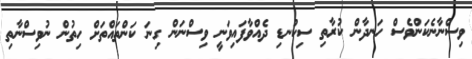
ވިސްނާނެކަންވެސް ހަނދާން ކުރާތި ސިކުނޑި ދެއްވާފައިވަނީ ވިސްނަން ގިނަ ކަންތައްތަށް ހިތުން ނުވިސްނާތި